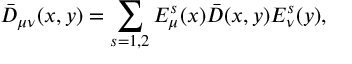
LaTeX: \bar { D } _ { \mu \nu } ( x , y ) = \sum _ { s = 1 , 2 } E _ { \mu } ^ { s } ( x ) \bar { D } ( x , y ) E _ { \nu } ^ { s } ( y ) ,